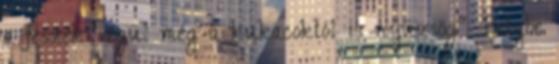
a fészek végül még a kukacoktól is nyüzsög" Helybe